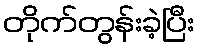
တိုက်တွန်းခဲ့ပြီး